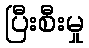
ပြီးစီးမှု